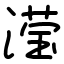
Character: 滢